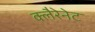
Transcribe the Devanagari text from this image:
क्लैरेनेट